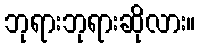
ဘုရားဘုရားဆိုလား။